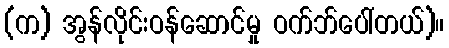
(က) အွန်လိုင်းဝန်ဆောင်မှု ဝက်ဘ်ပေါ်တယ်)။